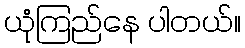
ယုံကြည်နေ ပါတယ်။